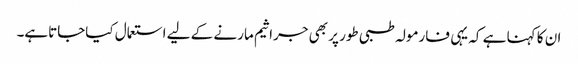
ان کا کہنا ہے کہ یہی فارمولہ طبی طور پر بھی جراثیم مارنے کے لیے استعمال کیاجاتاہے۔